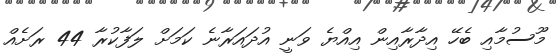
މޫސުމާއި ބެހޭ އިދާރާއިން އިއްޔެ ވަނީ އުދައަރާނެ ކަމަށް ލަފާކުރާ 44 ރަށެއް